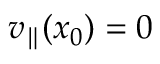
v _ { \parallel } ( x _ { 0 } ) = 0